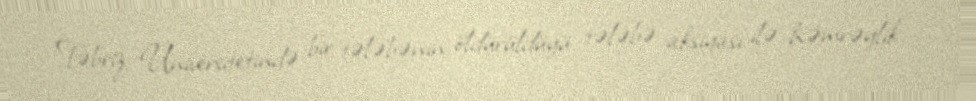
Təbriz Universitetində bir tələbənin öldürüldüyü tələbə aksiyası ilə həmrəylik